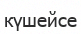
күшейсе